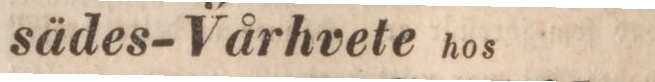
sädes-Vårhvete hos